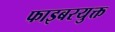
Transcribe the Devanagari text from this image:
फाइबरयुक्त